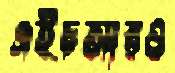
এইচআরও